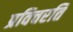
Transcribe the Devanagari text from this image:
प्रविचरति